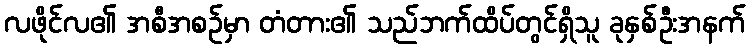
လဖိုင်လ၏ အစီအစဉ်မှာ တံတား၏ သည်ဘက်ထိပ်တွင်ရှိသူ ခုနှစ်ဦးအနက်